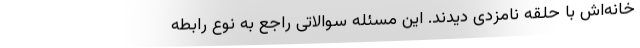
خانه‌اش با حلقه نامزدی دیدند. این مسئله سوالاتی راجع به نوع رابطه